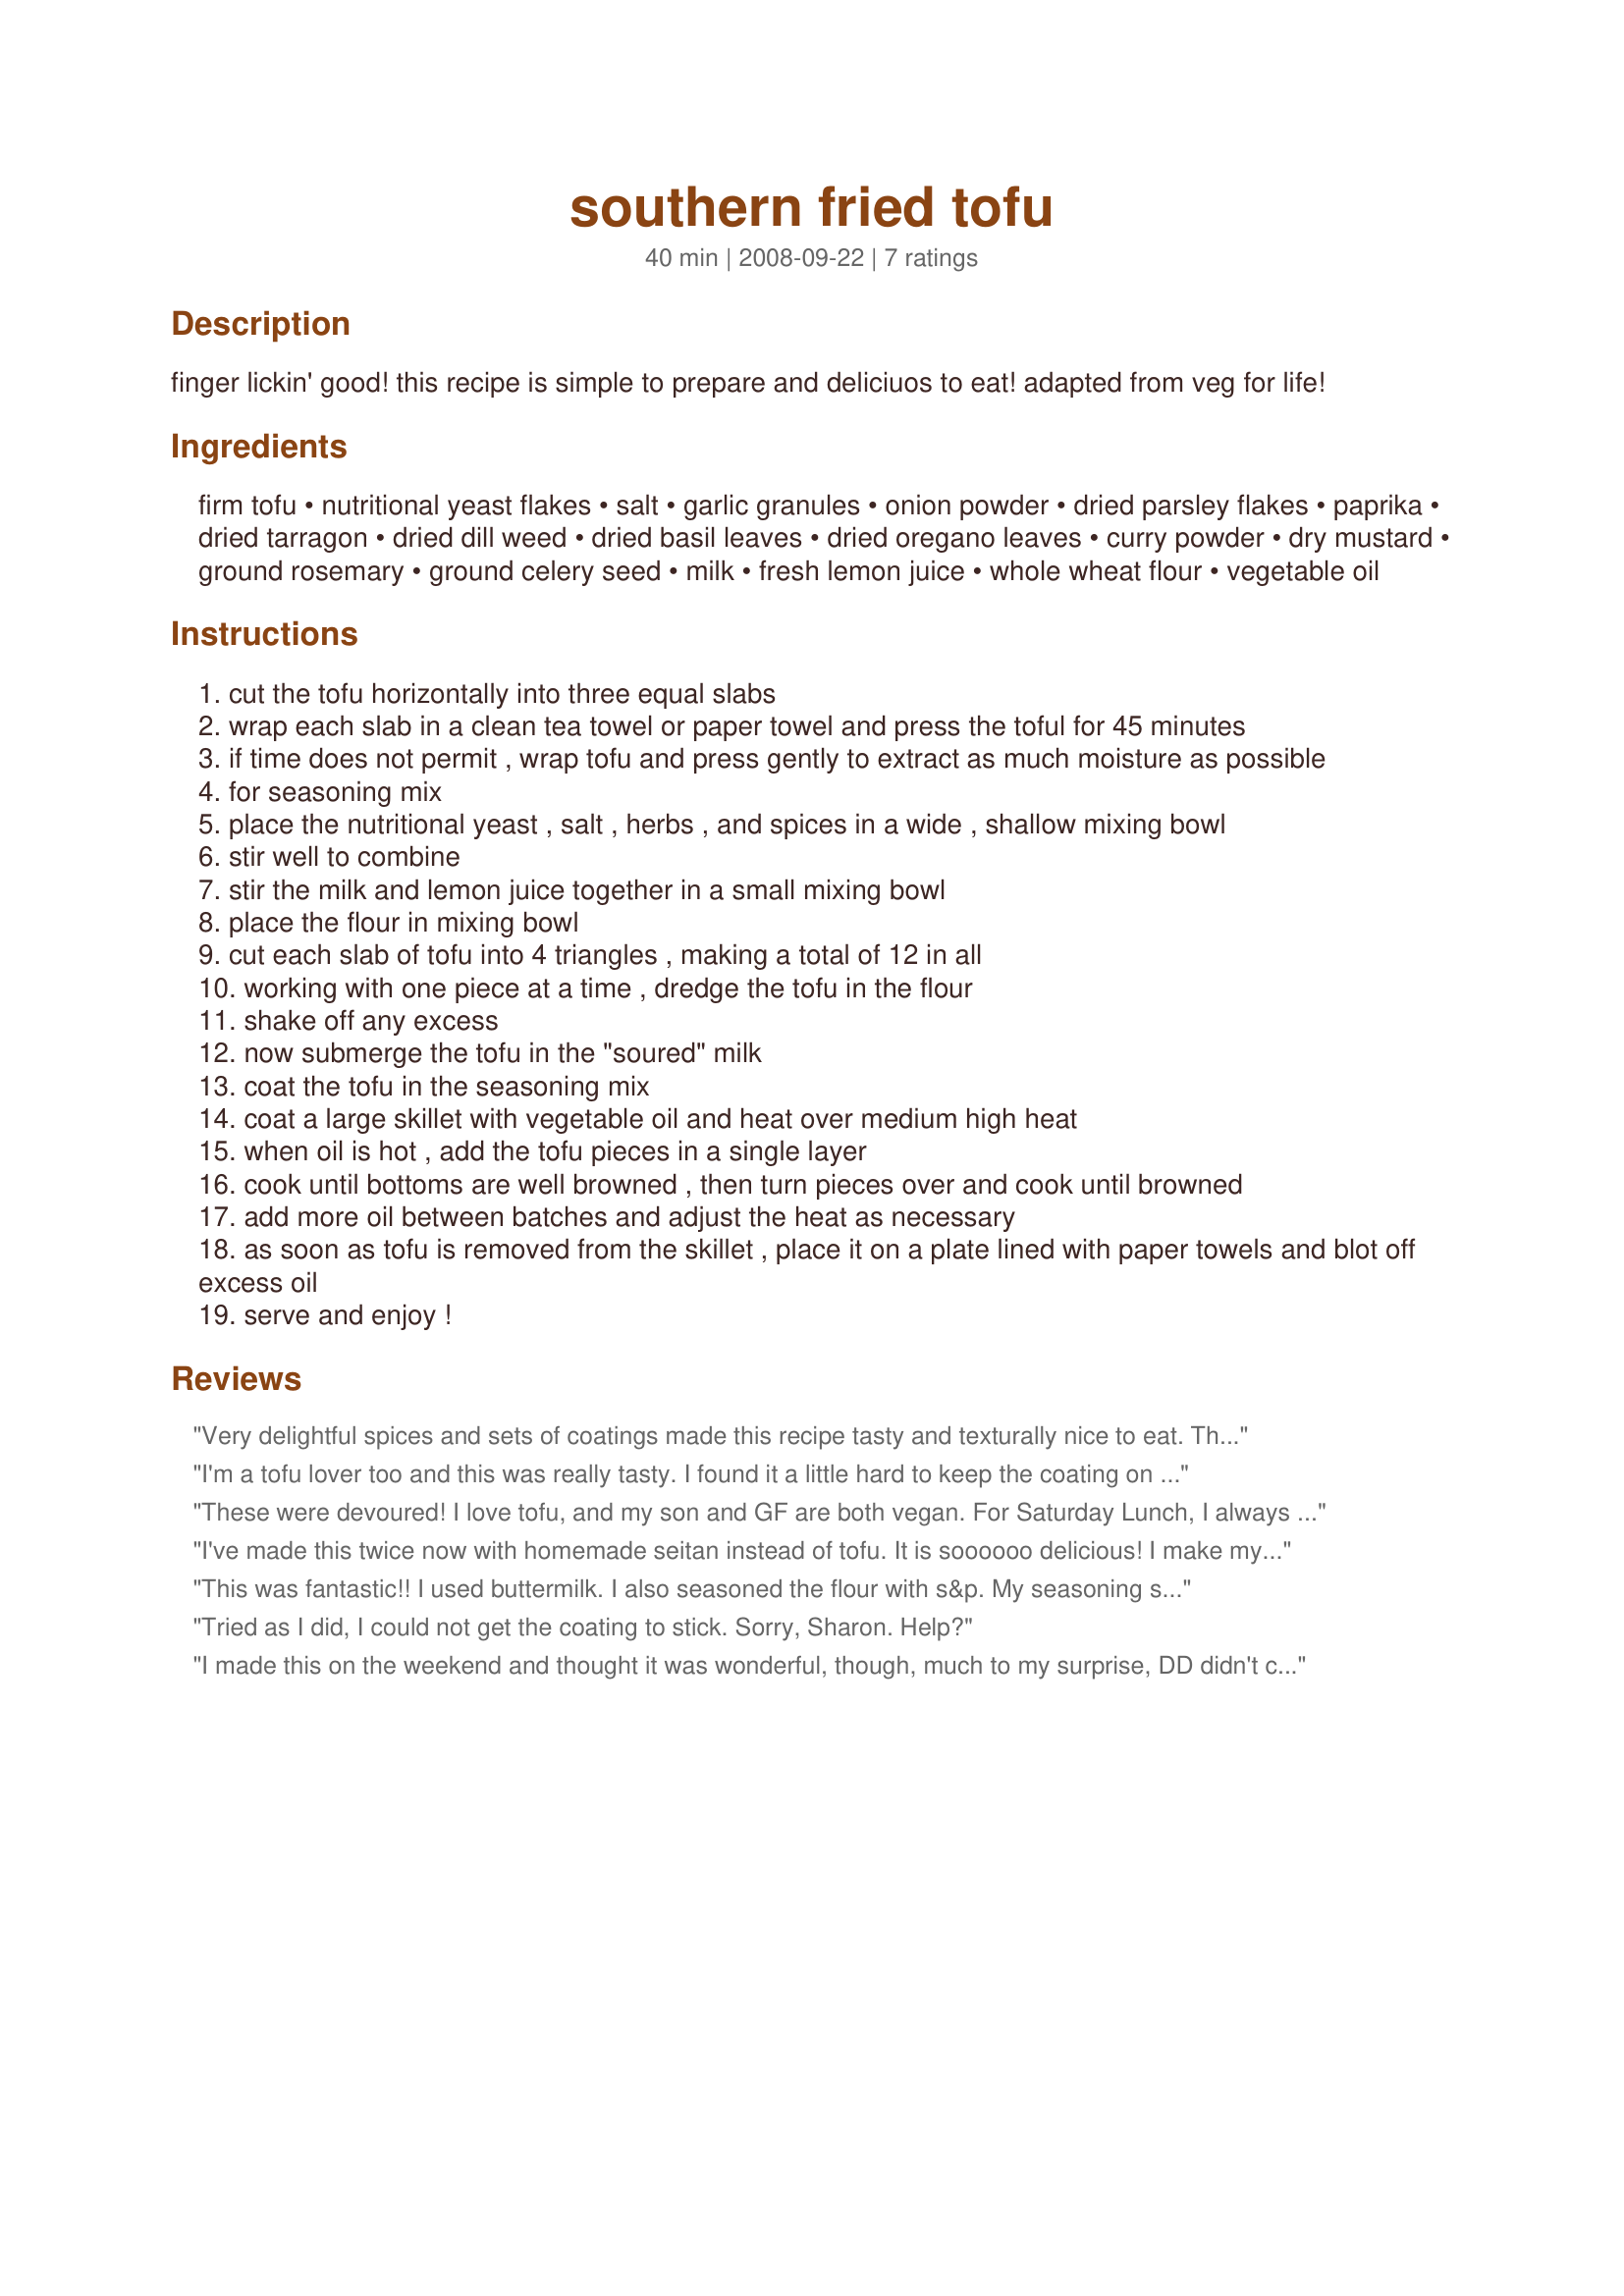
southern fried tofu
Preparation time: 40 minutes

finger lickin' good! this recipe is simple to prepare and deliciuos to eat! adapted from veg for life!

Ingredients:
firm tofu, nutritional yeast flakes, salt, garlic granules, onion powder, dried parsley flakes, paprika, dried tarragon, dried dill weed, dried basil leaves, dried oregano leaves, curry powder, dry mustard, ground rosemary, ground celery seed, milk, fresh lemon juice, whole wheat flour, vegetable oil

Steps:
cut the tofu horizontally into three equal slabs
wrap each slab in a clean tea towel or paper towel and press the toful for 45 minutes
if time does not permit , wrap tofu and press gently to extract as much moisture as possible
for seasoning mix
place the nutritional yeast , salt , herbs , and spices in a wide , shallow mixing bowl
stir well to combine
stir the milk and lemon juice together in a small mixing bowl
place the flour in mixing bowl
cut each slab of tofu into 4 triangles , making a total of 12 in all
working with one piece at a time , dredge the tofu in the flour
shake off any excess
now submerge the tofu in the "soured" milk
coat the tofu in the seasoning mix
coat a large skillet with vegetable oil and heat over medium high heat
when oil is hot , add the tofu pieces in a single layer
cook until bottoms are well browned , then turn pieces over and cook until browned
add more oil between batches and adjust the heat as necessary
as soon as tofu is removed from the skillet , place it on a plate lined with paper towels and blot off excess oil
serve and enjoy !

Reviews:
Very delightful spices and sets of coatings made this recipe tasty and texturally nice to eat. The coating stuck like a dream and cooked very evenly. The only problem we found with the finished product was that it seemed exceptionally salty, and required a few glasses of water. Next time I&#039;ll know to cut the salt content in half or even to a quarter. That said, very little salt is normally cooked with in my house, so it might just be my taste. (Still... 2tsp is well over recommended levels, so folks watching their sodium, take care) Delicious overall and will recommend it to friends
I'm a tofu lover too and this was really tasty. I found it a little hard to keep the coating on the tofu at first, but once i got the right amount of oil at the right temperature, it started to work very nicely. This was fun to make and the combination of spices worked really well together. The only sub I ended up making was thyme for tarragon. I only used 1 cup of "nooch" and had enough of everything to coat 1 1/2 packs of tofu. If you're not a huge nooch fan I could see replacing some of it with cornmeal maybe. Don't judge the flavour though until it's all put together, because the elements on their own might not taste all that great. Thanks Sharon, much enjoyed! Veg*n Swap Apr 10.
These were devoured! I love tofu, and my son and GF are both vegan. For Saturday Lunch, I always make a vegan side-dish and I chose this to make. Easy, and had all ingredients on hand. I used extra-firm tofu, and followed this exactly ~ except for vegan's I used unsweetened soy milk. I pressed the tofu as directed and the seasoning was right on. I especially liked the use of paprika, garlic, and onion as this really brought a high taste to the tofu. Made for *Everyday is a Holiday* April 2009.
I've made this twice now with homemade seitan instead of tofu. It is soooooo delicious! I make my mix a tad spicier by adding cayenne pepper.
This was fantastic!! I used buttermilk. I also seasoned the flour with s&p. My seasoning stuck well...I used my cast iron skillet & a few TB oil...I set them in the pan & left them alone until they were nice & crispy. Oh so nice & crispy!!! The seasoning was excellent - I couldn't detect any particular flavor - nothing overwhelmed another - it was just all gooooood!! everybody enjoyed this. I made 2 lbs extra firm tofu for 4 with NO leftovers! :) Made for Veggie Tag 7/11.
Tried as I did, I could not get the coating to stick. Sorry, Sharon. Help?
I made this on the weekend and thought it was wonderful, though, much to my surprise, DD didn't care for it. This recipe was easy to follow. The dill was omitted in deference to DD's preferences. I highly recommend this recipe and will be making it again when I'm home alone for dinner.
